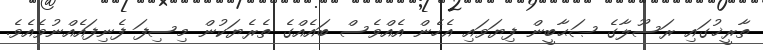
ތާރީޚުގައި ރަސޫލާގެ ޞަޙާބީން ފިޔަވައި އެހެން އެއްވެސް ބައެއްގެ ތެރެޔަކުން މިސިފަ ފެނިފައެއްނުވެއެވެ.